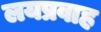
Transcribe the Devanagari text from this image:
लयप्रवाह